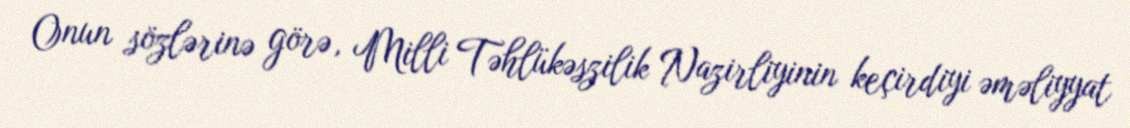
Onun sözlərinə görə, Milli Təhlükəszilik Nazirliyinin keçirdiyi əməliyyat